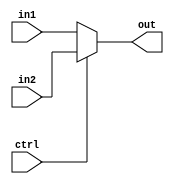
`timescale 1ns / 1ps
//////////////////////////////////////////////////////////////////////////////////
// Company: 
// Engineer: 
// 
// Design Name: 
// Module Name: mux2
// Project Name: 
// Target Devices: 
// Tool Versions: 
// Description: 
// 
// Dependencies: 
// 
// Revision:
// Revision 0.01 - File Created
// Additional Comments:
// 
//////////////////////////////////////////////////////////////////////////////////


module mux2(output [31:0] out, input [31:0] in1,in2,input ctrl

    );
    
    assign out= (ctrl==1)? in2:in1; 
endmodule